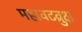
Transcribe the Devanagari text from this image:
महावटव्रुक्ष